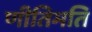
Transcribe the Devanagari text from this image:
णीतिमति